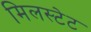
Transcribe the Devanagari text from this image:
मिलस्टेट